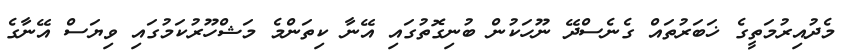
މެދުއިރުމަތީގެ ޚަބަރުތައް ގެނެސްދޭ ނޫހަކުން ބުނިގޮތުގައި އޭނާ ކިތަންމެ މަޝްހޫރުކަމުގައި ވިޔަސް އޭނާގެ